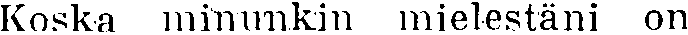
Koska minunkin mielestäni on